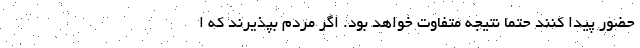
حضور پيدا كنند حتما نتيجه متفاوت خواهد بود. اگر مردم بپذيرند كه ا